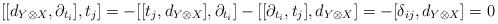
LaTeX: \begin{align*}[[d_{Y \otimes X}, \partial_{t_i}], t_j] = - [[t_j, d_{Y \otimes X}], \partial_{t_i}] - [[\partial_{t_i}, t_j], d_{Y \otimes X}] = - [ \delta_{ij}, d_{Y \otimes X}] = 0\end{align*}